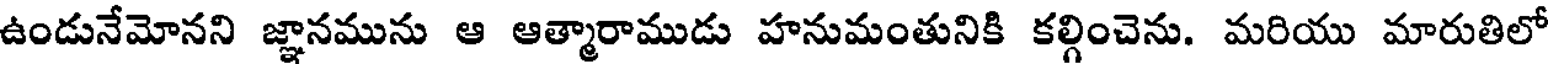
ఉండునేమోనని జ్ఞానమును ఆ ఆత్మారాముడు హనుమంతునికి కల్గించెను. మరియు మారుతిలో